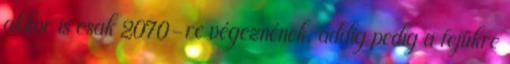
akkor is csak 2070-re végeznének, addig pedig a fejükre